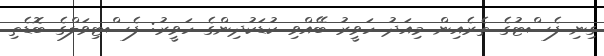
ގިނި ފެސްޓުގެ ތެރެއިން މިއަދު ހަވީރު ބޭއްވި ކުޑަކުދިންގެ ހަވީރު: ފެސްޓިވަލްގެ ބޮޑެތި